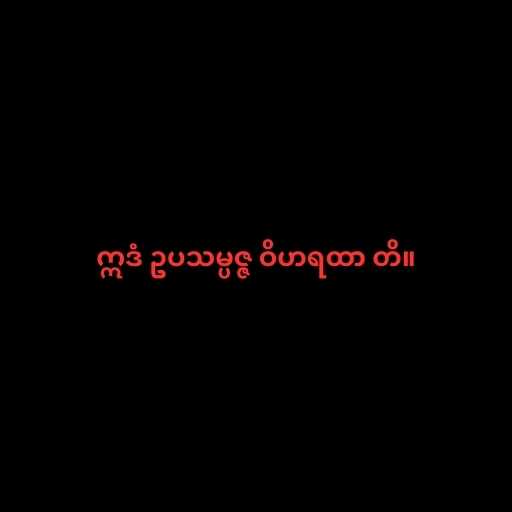
ဣဒံ ဥပသမ္ပဇ္ဇ ဝိဟရထာ တိ။